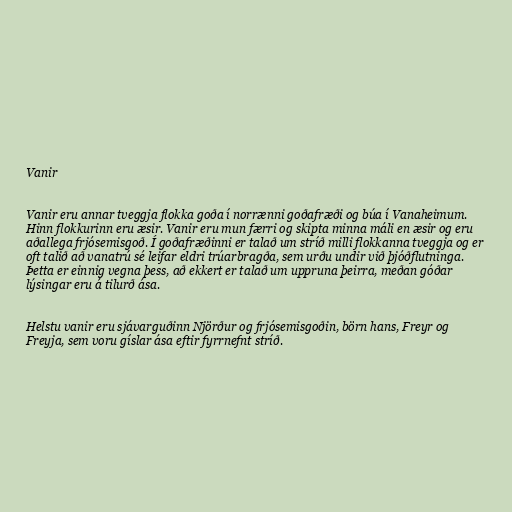
Vanir

Vanir eru annar tveggja flokka goða í norrænni goðafræði og búa í Vanaheimum.
Hinn flokkurinn eru æsir. Vanir eru mun færri og skipta minna máli en æsir og eru
aðallega frjósemisgoð. Í goðafræðinni er talað um stríð milli flokkanna tveggja og er
oft talið að vanatrú sé leifar eldri trúarbragða, sem urðu undir við þjóðflutninga.
Þetta er einnig vegna þess, að ekkert er talað um uppruna þeirra, meðan góðar
lýsingar eru á tilurð ása.

Helstu vanir eru sjávarguðinn Njörður og frjósemisgoðin, börn hans, Freyr og
Freyja, sem voru gíslar ása eftir fyrrnefnt stríð.